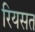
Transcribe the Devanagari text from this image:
रियसत